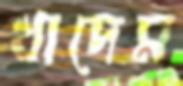
খাদেম